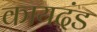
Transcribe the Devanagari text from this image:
कायदंड